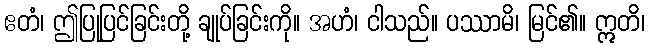
ဧတံ၊ ဤပြုပြင်ခြင်းတို့ ချုပ်ခြင်းကို။ အဟံ၊ ငါသည်။ ပဿာမိ၊ မြင်၏။ ဣတိ၊